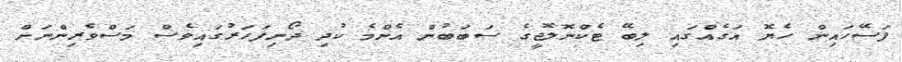
ފަސޭހައިން ހެޔޮ އަގެއްގައި ލިބޭ ޓެކްނޮލޮޖީގެ ސަބަބުން އެންމެ ކުދި ދޯނިފަހަރުގައިވެސް މަސްވެރިންނަށް